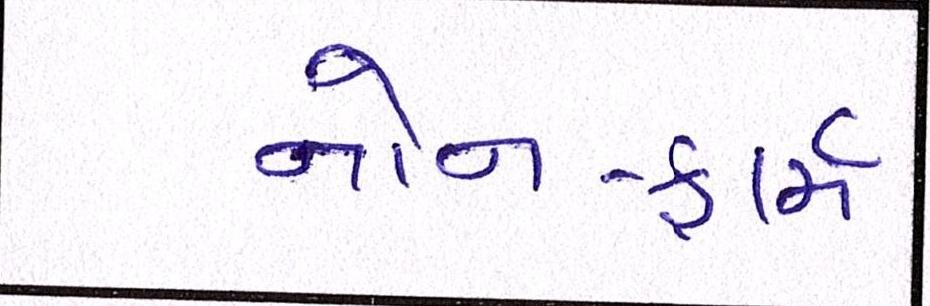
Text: નોન-ફાર્મ